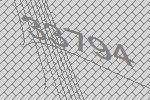
33794